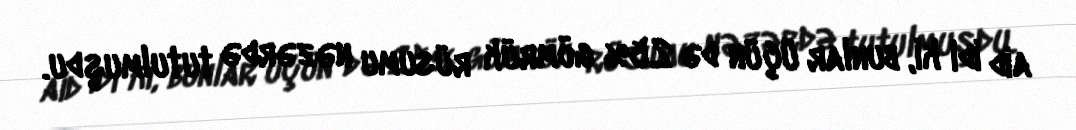
aid idi ki, bunlar üçün də 25% gömrük rüsumu nəzərdə tutulmuşdu.